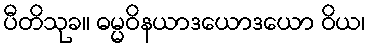
ပီတိသုခ။ ဓမ္မဝိနယာဒယောဒယော ဝိယ၊